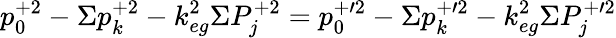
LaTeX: p_{0}^{+2}-\Sigma p_{k}^{+2}-k_{eg}^{2}\Sigma P_{j}^{+2}=p_{0}^{+\prime 2}-\Sigma p_{k}^{+\prime 2}-k_{eg}^{2}\Sigma P_{j}^{+\prime 2}